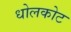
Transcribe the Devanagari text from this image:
धोलकोट